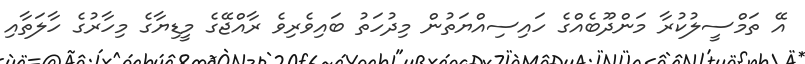
އޭ ތަމްސީލުކުރާ މަންދޫބެއްގެ ހައިސިއްޔަތުން މިދުހަތު ބައިވެރިވެ ރާއްޖޭގެ މީޑިޔާގެ މިހާރުގެ ހާލަތާއި